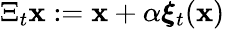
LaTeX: \Xi_{t}{\mathbf{x}}:={\mathbf{x}}+\alpha\boldsymbol{\xi}_{t}({\mathbf{x}})